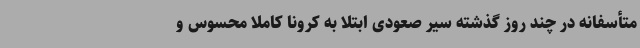
متأسفانه در چند روز گذشته سیر صعودی ابتلا به کرونا کاملاً محسوس و